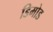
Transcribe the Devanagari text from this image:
डिमोड